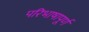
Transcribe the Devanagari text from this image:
परिभाषापूर्ण